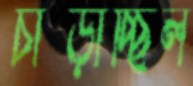
চাপ্‌ড়াচ্ছিল